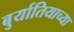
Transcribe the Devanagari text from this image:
बुर्यातियाच्या